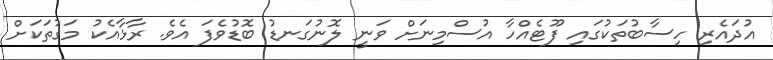
އުދައެރި ހިސާބުތަކުގައި ފޫޓެއްހާ އުސްމިނަށް ވަނީ ލޮނުގަނޑު ބޮޑުވެފަ އެވެ. ރާޅާއެކު މަގުތަކަށް